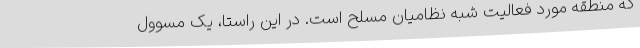
که منطقه مورد فعالیت شبه نظامیان مسلح است. در این راستا، یک مسوول